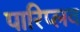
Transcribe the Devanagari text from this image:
पारिप्लव